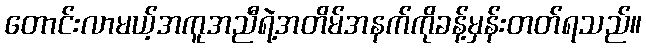
တောင်းလာမယ့်အကူအညီရဲ့အတိမ်အနက်ကိုခန့်မှန်းတတ်ရသည်။